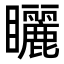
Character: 矖